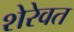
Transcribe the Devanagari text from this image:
शेरेवत